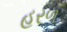
હરળ